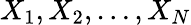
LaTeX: X_{1},X_{2},\ldots,X_{N}